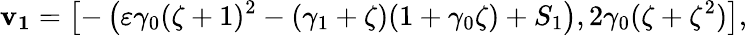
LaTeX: \mathbf{v_{1}}=\left[-\left(\varepsilon\gamma_{0}(\zeta+1)^{2}-(\gamma_{1}+\zeta)(1+\gamma_{0}\zeta)+S_{1}\right),2\gamma_{0}(\zeta+\zeta^{2})\right],